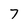
Character: 7